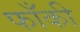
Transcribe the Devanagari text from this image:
फाँकी